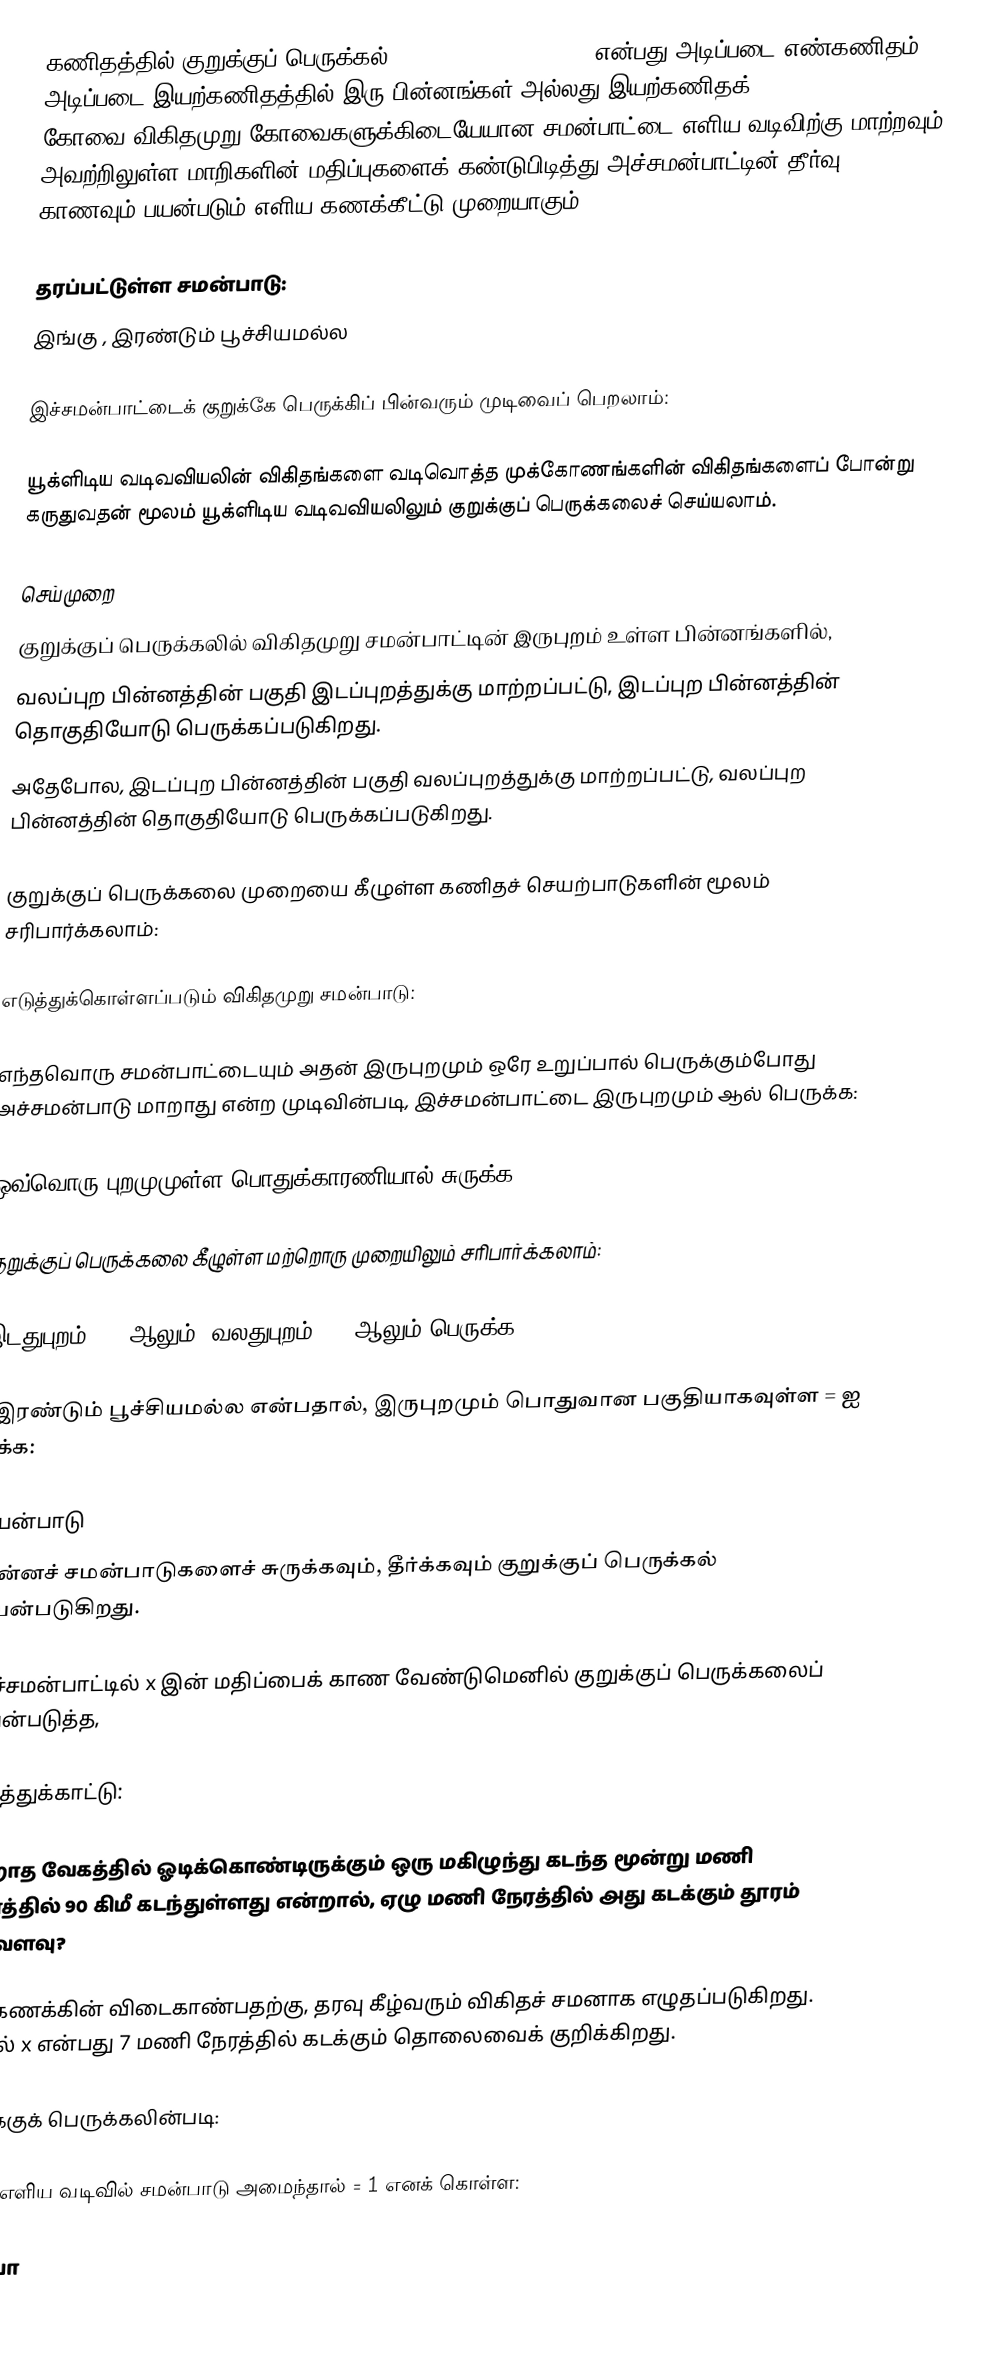
கணிதத்தில் குறுக்குப் பெருக்கல் (Cross-multiplication) என்பது அடிப்படை எண்கணிதம், அடிப்படை இயற்கணிதத்தில் இரு பின்னங்கள் அல்லது இயற்கணிதக் கோவை#விகிதமுறு கோவைகளுக்கிடையேயான சமன்பாட்டை எளிய வடிவிற்கு மாற்றவும் அவற்றிலுள்ள மாறிகளின் மதிப்புகளைக் கண்டுபிடித்து அச்சமன்பாட்டின் தீர்வு காணவும் பயன்படும் எளிய கணக்கீட்டு முறையாகும்.

தரப்பட்டுள்ள சமன்பாடு:
 இங்கு ,  இரண்டும் பூச்சியமல்ல

இச்சமன்பாட்டைக் குறுக்கே பெருக்கிப் பின்வரும் முடிவைப் பெறலாம்:

யூக்ளிடிய வடிவவியலின் விகிதங்களை  வடிவொத்த முக்கோணங்களின் விகிதங்களைப் போன்று கருதுவதன் மூலம் யூக்ளிடிய வடிவவியலிலும் குறுக்குப் பெருக்கலைச் செய்யலாம்.

செய்முறை
குறுக்குப் பெருக்கலில் விகிதமுறு சமன்பாட்டின் இருபுறம் உள்ள பின்னங்களில்,
வலப்புற பின்னத்தின் பகுதி இடப்புறத்துக்கு மாற்றப்பட்டு, இடப்புற பின்னத்தின் தொகுதியோடு பெருக்கப்படுகிறது.
அதேபோல, இடப்புற பின்னத்தின் பகுதி வலப்புறத்துக்கு மாற்றப்பட்டு, வலப்புற பின்னத்தின் தொகுதியோடு பெருக்கப்படுகிறது.

குறுக்குப் பெருக்கலை முறையை கீழுள்ள கணிதச் செயற்பாடுகளின் மூலம் சரிபார்க்கலாம்:

எடுத்துக்கொள்ளப்படும் விகிதமுறு சமன்பாடு:

எந்தவொரு சமன்பாட்டையும் அதன் இருபுறமும் ஒரே உறுப்பால் பெருக்கும்போது அச்சமன்பாடு மாறாது என்ற முடிவின்படி, இச்சமன்பாட்டை இருபுறமும்  ஆல் பெருக்க:

ஒவ்வொரு புறமுமுள்ள பொதுக்காரணியால் சுருக்க:

குறுக்குப் பெருக்கலை கீழுள்ள மற்றொரு முறையிலும் சரிபார்க்கலாம்:

இடதுபுறம்  = 1 ஆலும், வலதுபுறம்  = 1 ஆலும் பெருக்க:

,  இரண்டும் பூச்சியமல்ல என்பதால், இருபுறமும் பொதுவான பகுதியாகவுள்ள  =  ஐ நீக்க:

பயன்பாடு
பின்னச் சமன்பாடுகளைச் சுருக்கவும், தீர்க்கவும் குறுக்குப் பெருக்கல் பயன்படுகிறது.

இச்சமன்பாட்டில் x இன் மதிப்பைக் காண வேண்டுமெனில் குறுக்குப் பெருக்கலைப் பயன்படுத்த,

எடுத்துக்காட்டு:

மாறாத வேகத்தில் ஓடிக்கொண்டிருக்கும் ஒரு மகிழுந்து கடந்த மூன்று மணி நேரத்தில் 90 கிமீ கடந்துள்ளது என்றால், ஏழு மணி நேரத்தில் அது கடக்கும் தூரம் எவ்வளவு?

இக்கணக்கின் விடைகாண்பதற்கு, தரவு கீழ்வரும் விகிதச் சமனாக எழுதப்படுகிறது. இதில்   x என்பது 7 மணி நேரத்தில் கடக்கும் தொலைவைக் குறிக்கிறது.

குறுக்குக் பெருக்கலின்படி:

 என்ற எளிய வடிவில் சமன்பாடு அமைந்தால்  = 1 எனக் கொள்ள:

இப்போ